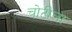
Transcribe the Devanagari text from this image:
चोटीला